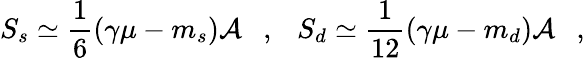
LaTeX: S_{s}\simeq{\frac{1}{6}}(\gamma\mu-m_{s}){\cal A}~~~,~~~S_{d}\simeq{\frac{1}{12}}(\gamma\mu-m_{d}){\cal A}~~~,